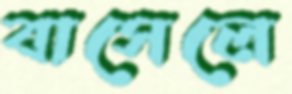
বাসেলে